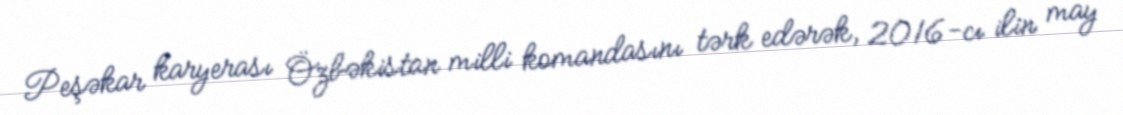
Peşəkar karyerası Özbəkistan milli komandasını tərk edərək, 2016-cı ilin may